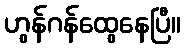
ဟွန်ဂန်ထွေနေပြီ။